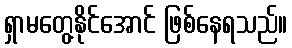
ရှာမတွေ့နိုင်အောင် ဖြစ်နေရသည်။